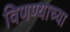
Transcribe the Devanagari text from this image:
विणण्याच्या